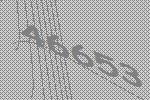
46653